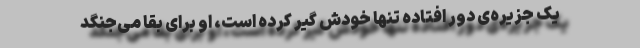
یک جزیره‌ی دور افتاده تنها خودش گیر کرده است، او برای بقا می‌جنگد